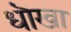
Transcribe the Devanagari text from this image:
धॊखा